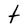
Character: t